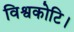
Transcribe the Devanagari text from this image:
विश्वकोटि।